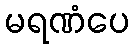
မရဏံပေ